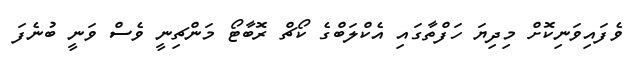
ވެފައިވަނިކޮށް މިދިޔަ ހަފްތާގައި އެކްލަބްގެ ކޯޗް ރޮބާޓޯ މަންޗިނީ ވެސް ވަނީ ބުނެފަ